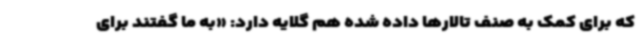
که برای کمک به صنف تالارها داده شده هم گلایه دارد: «به ما گفتند برای